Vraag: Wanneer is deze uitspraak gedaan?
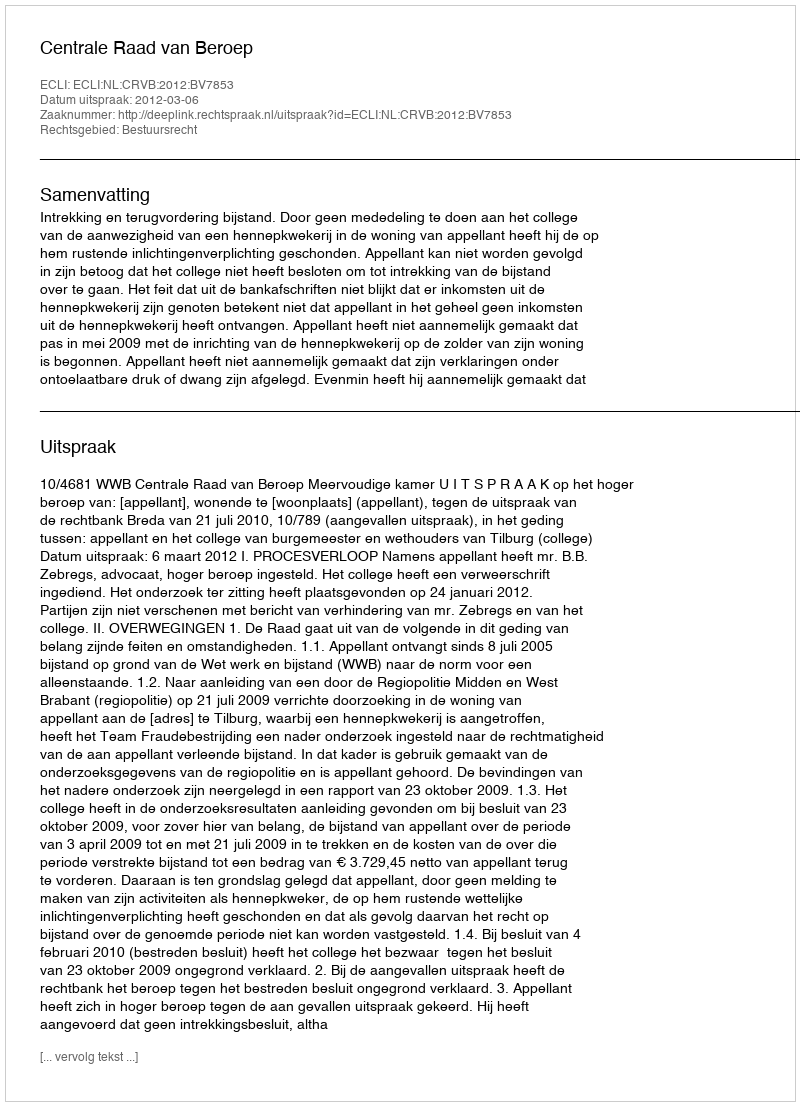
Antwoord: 2012-03-06